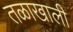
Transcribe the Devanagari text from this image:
तळाखाली